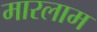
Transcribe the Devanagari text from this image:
मारलाम